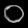
Digit: ၀